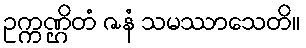
ဥက္ကဏ္ဌိတံ ဇနံ သမဿာသေတိ။